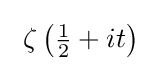
~\zeta \left({\tfrac {1}{2}}+it\right)~